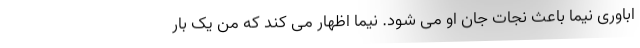
اباوری نیما باعث نجات جان او می شود. نیما اظهار می کند که من یک بار